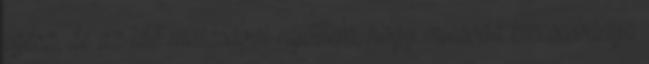
egész, de az idő múlásával rájöttem, hogy micsoda kincsesbánya